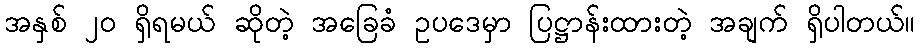
အနှစ် ၂ဝ ရှိရမယ် ဆိုတဲ့ အခြေခံ ဥပဒေမှာ ပြဋ္ဌာန်းထားတဲ့ အချက် ရှိပါတယ်။